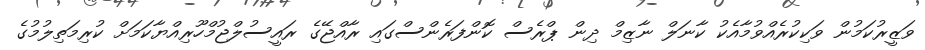
ވަޒީރުކަމުން ވަކިކުރެއްވުމާއެކު ކާނަލް ނާޒިމް ދިން ޕްރެސް ކޮންފަރެންސްގައި ރާއްޖޭގެ ރައީސުލްޖުމްހޫރިއްޔާކަމަށް ކުރިމަތިލުމުގެ